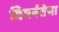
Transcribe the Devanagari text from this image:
विमर्षतेचा